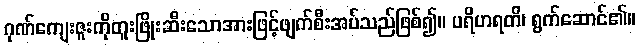
ဂုဏ်ကျေးဇူးကိုတူးဖြိုးဆီးသောအားဖြင့်ဖျက်စီးအပ်သည်ဖြစ်၍။ ပရိဟရတိ၊ ရွက်ဆောင်၏။